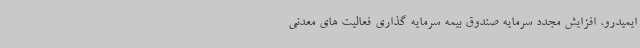
ایمیدرو، افزایش مجدد سرمایه صندوق بیمه سرمایه گذاری فعالیت های معدنی